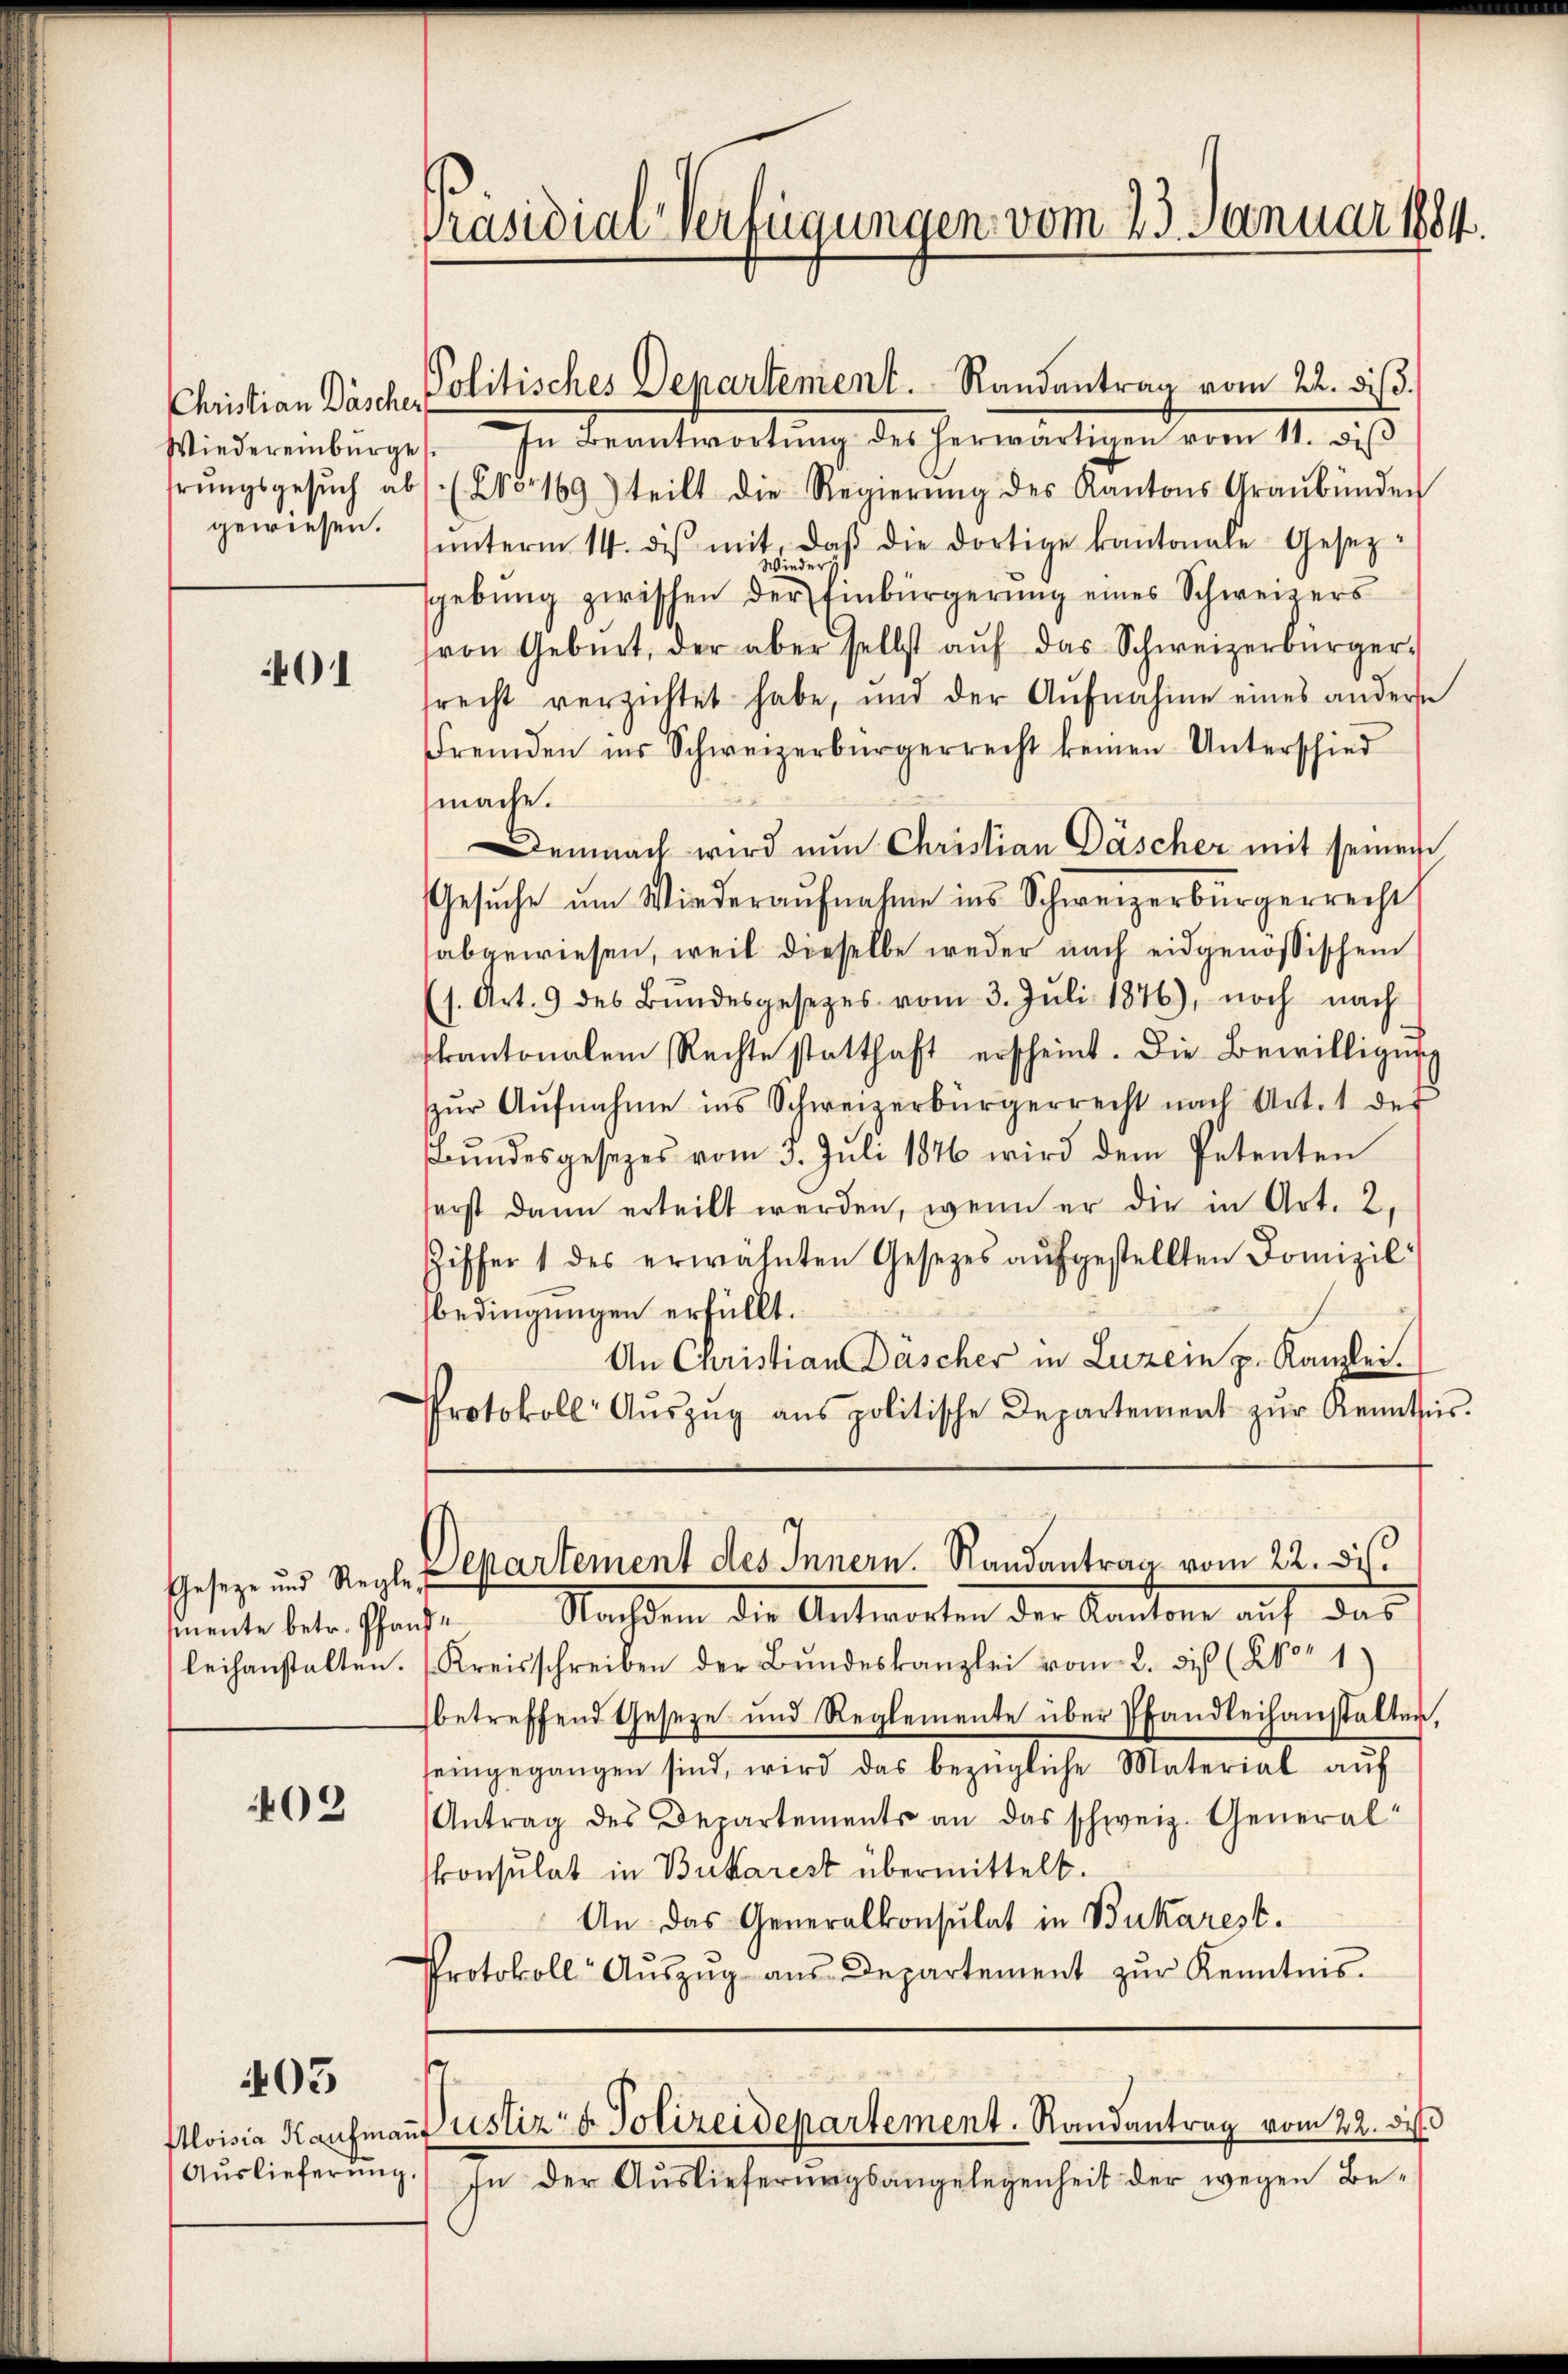
Christian Däscher

01

03

405

Auslieferung.

Präsidial-Verfügungen vom 23. Januar 1884.

Politisches Departement. Randantrag vom 22. diβ.
Wiedereinbürges. In Beantwortung des herwärtigen vom 11. bis
rŭngsgesŭch ab. (Cor 169) teilt die Regierŭng des Kantons Graubünden
gewiesen. (unterm 14. des mit, das die dortige kantonale Gesetz-
wieder i
gebŭng zwischen der Einbürgerung eines Schweizers
von Gebiet, der aber selbst aŭf das Schweizerbürger-
srecht verzichtet habe, und der Aufnahme eines anderse
Fremden ins Schweizerbürgerrecht keinen Unterschied
mache.
Demnach wird nun Christian Däscher mit seinen
Gesŭche ŭm Wiederaŭfnahme ins Schweizerbürgerrecht
abgewiesen, weil dieselbe weder nach eidgenössischen
s. Art. 9 des Bŭndesgesetzes vom 3. Jŭli 1876), noch nach
skantonalem Rechte statthaft erscheint. Die Bewilligung
ŭr Aŭfnahme ins Schweizerbürgerrecht nach Art. 1 der
Bundesgesetzes vom 3. Juli 1846 wird dem Petenten
sonst dann erteilt werden, wenn er die in Art. 2,
Ziffer 1 des erwähnten Gesetzes aufgestellten Domizil
bedingungen erfüllt.
An Christian Däscher in Luzern p. Kanzlei.
Protokoll Aŭszŭg ans politische Departement zŭr Kenntnis.
Geseze und Regle Departement des Innern. Randantrag vom 22. dies
mnente betr. Pfande Nachdem die Antworten der Kantone auf das
leihanstalten. (Kreisschreiben der Bŭndeskanzlei vom 2. diß (210. 1
betreffend Geseze und Reglemente über Pfandleihanstalten,
seingegangen sind, wird das bezügliche Material aŭf
Antrag des Departements an das schweiz. General
konsulat in Bukarest übermittelt.
An das Generalkonsulat in Bukarest.
Protokoll Aŭszŭg aŭs Departement zŭr Kenntnis.

Aloisia Kaŭfmaṅ Justiz- & Polizeidepartement. Randantrag vom 22. des

In der Auslieferungsangelegenheit der wegen Be¬